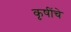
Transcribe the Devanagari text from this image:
कृषींचे